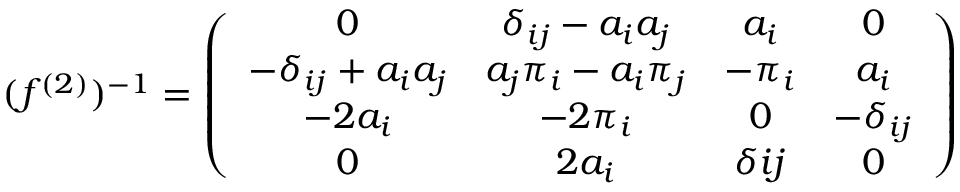
( f ^ { ( 2 ) } ) ^ { - 1 } = \left( \begin{array} { c c c c } { { 0 } } & { { \delta _ { i j } - a _ { i } a _ { j } } } & { { a _ { i } } } & { { 0 } } \\ { { - \delta _ { i j } + a _ { i } a _ { j } } } & { { a _ { j } \pi _ { i } - a _ { i } \pi _ { j } } } & { { - \pi _ { i } } } & { { a _ { i } } } \\ { { - 2 a _ { i } } } & { { - 2 \pi _ { i } } } & { { 0 } } & { { - \delta _ { i j } } } \\ { { 0 } } & { { 2 a _ { i } } } & { { \delta { i j } } } & { { 0 } } \end{array} \right)